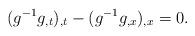
LaTeX: \begin{align*}(g^{-1}g_{,t})_{,t} - (g^{-1}g_{,x})_{,x} = 0. \end{align*}